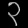
Digit: ၃